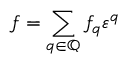
f = \sum _ { q \in \mathbb { Q } } f _ { q } \varepsilon ^ { q }